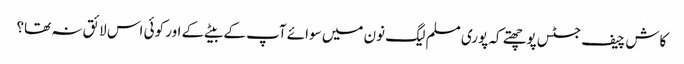
کاش چیف جسٹس پوچھتے کہ پوری مسلم لیگ نون میں سوائے آپ کے بیٹے کے اور کوئی اس لائق نہ تھا؟